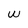
Character: w